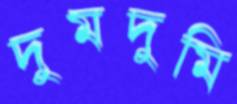
দুমদুমি